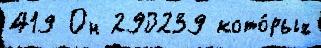
419 Он 290239 кото́рых